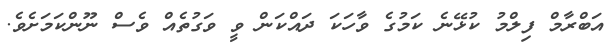
އަބްރާމް ފިލްމު ކުޅޭނެ ކަމުގެ ވާހަކަ ދައްކަން ވީ ވަގުތެއް ވެސް ނޫންކަމަށެވެ.